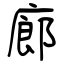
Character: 廊